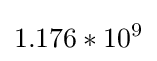
1.176*10^{9}